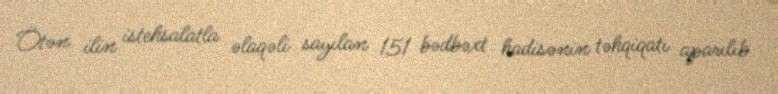
Ötən ilin istehsalatla əlaqəli sayılan 151 bədbəxt hadisənin təhqiqatı aparılıb